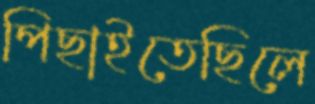
পিছাইতেছিলে